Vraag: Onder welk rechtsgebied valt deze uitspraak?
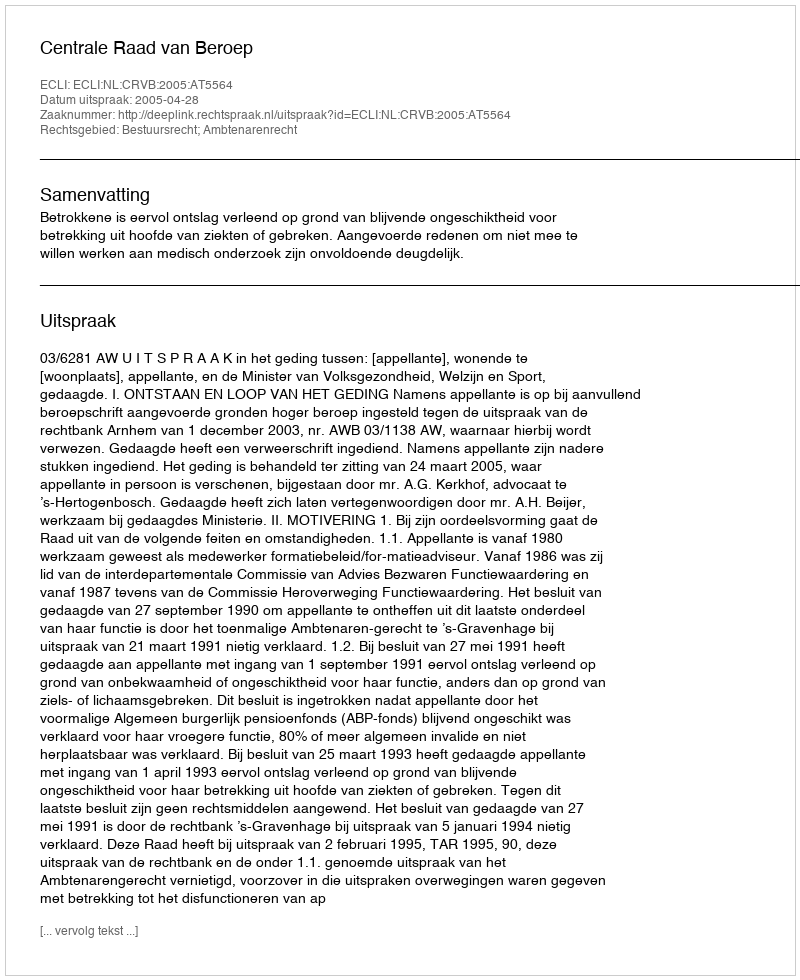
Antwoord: Bestuursrecht; Ambtenarenrecht